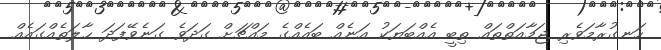
ހަނގުރާމަވެރި ޖަމާއަތްތައް ތިބީ އެއްބަޔަކު އަނެއް ބައެއްގެ މައްޗަށް ގަދަވެ ގަނެވޭފަދަ ޙާލަތެއްގައެއް